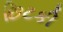
છિટકી